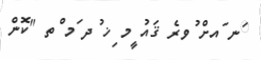
ަނ ައށް ުވރެ ޤައު ީމ ިޚ ުދ ަމ ްތ "ކޮން